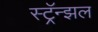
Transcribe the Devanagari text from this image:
स्ट्रॅन्झल